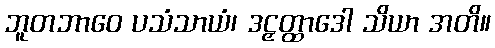
ဘူတဘာဝေ ပသံသာယံ၊ ဒဠှတ္ထာဒေါ သိယာ အတိ။